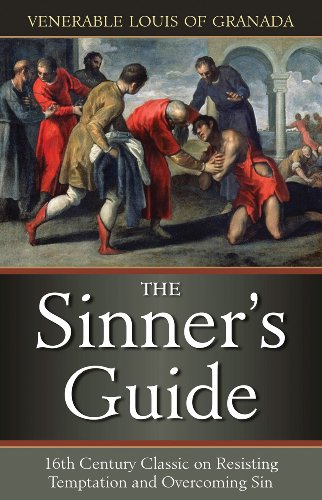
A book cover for The Sinners Guide; Venerable Louis of Grenada; Christian Books & Bibles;